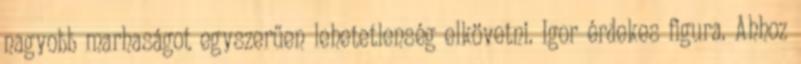
nagyobb marhaságot egyszerűen lehetetlenség elkövetni. Igor érdekes figura. Ahhoz